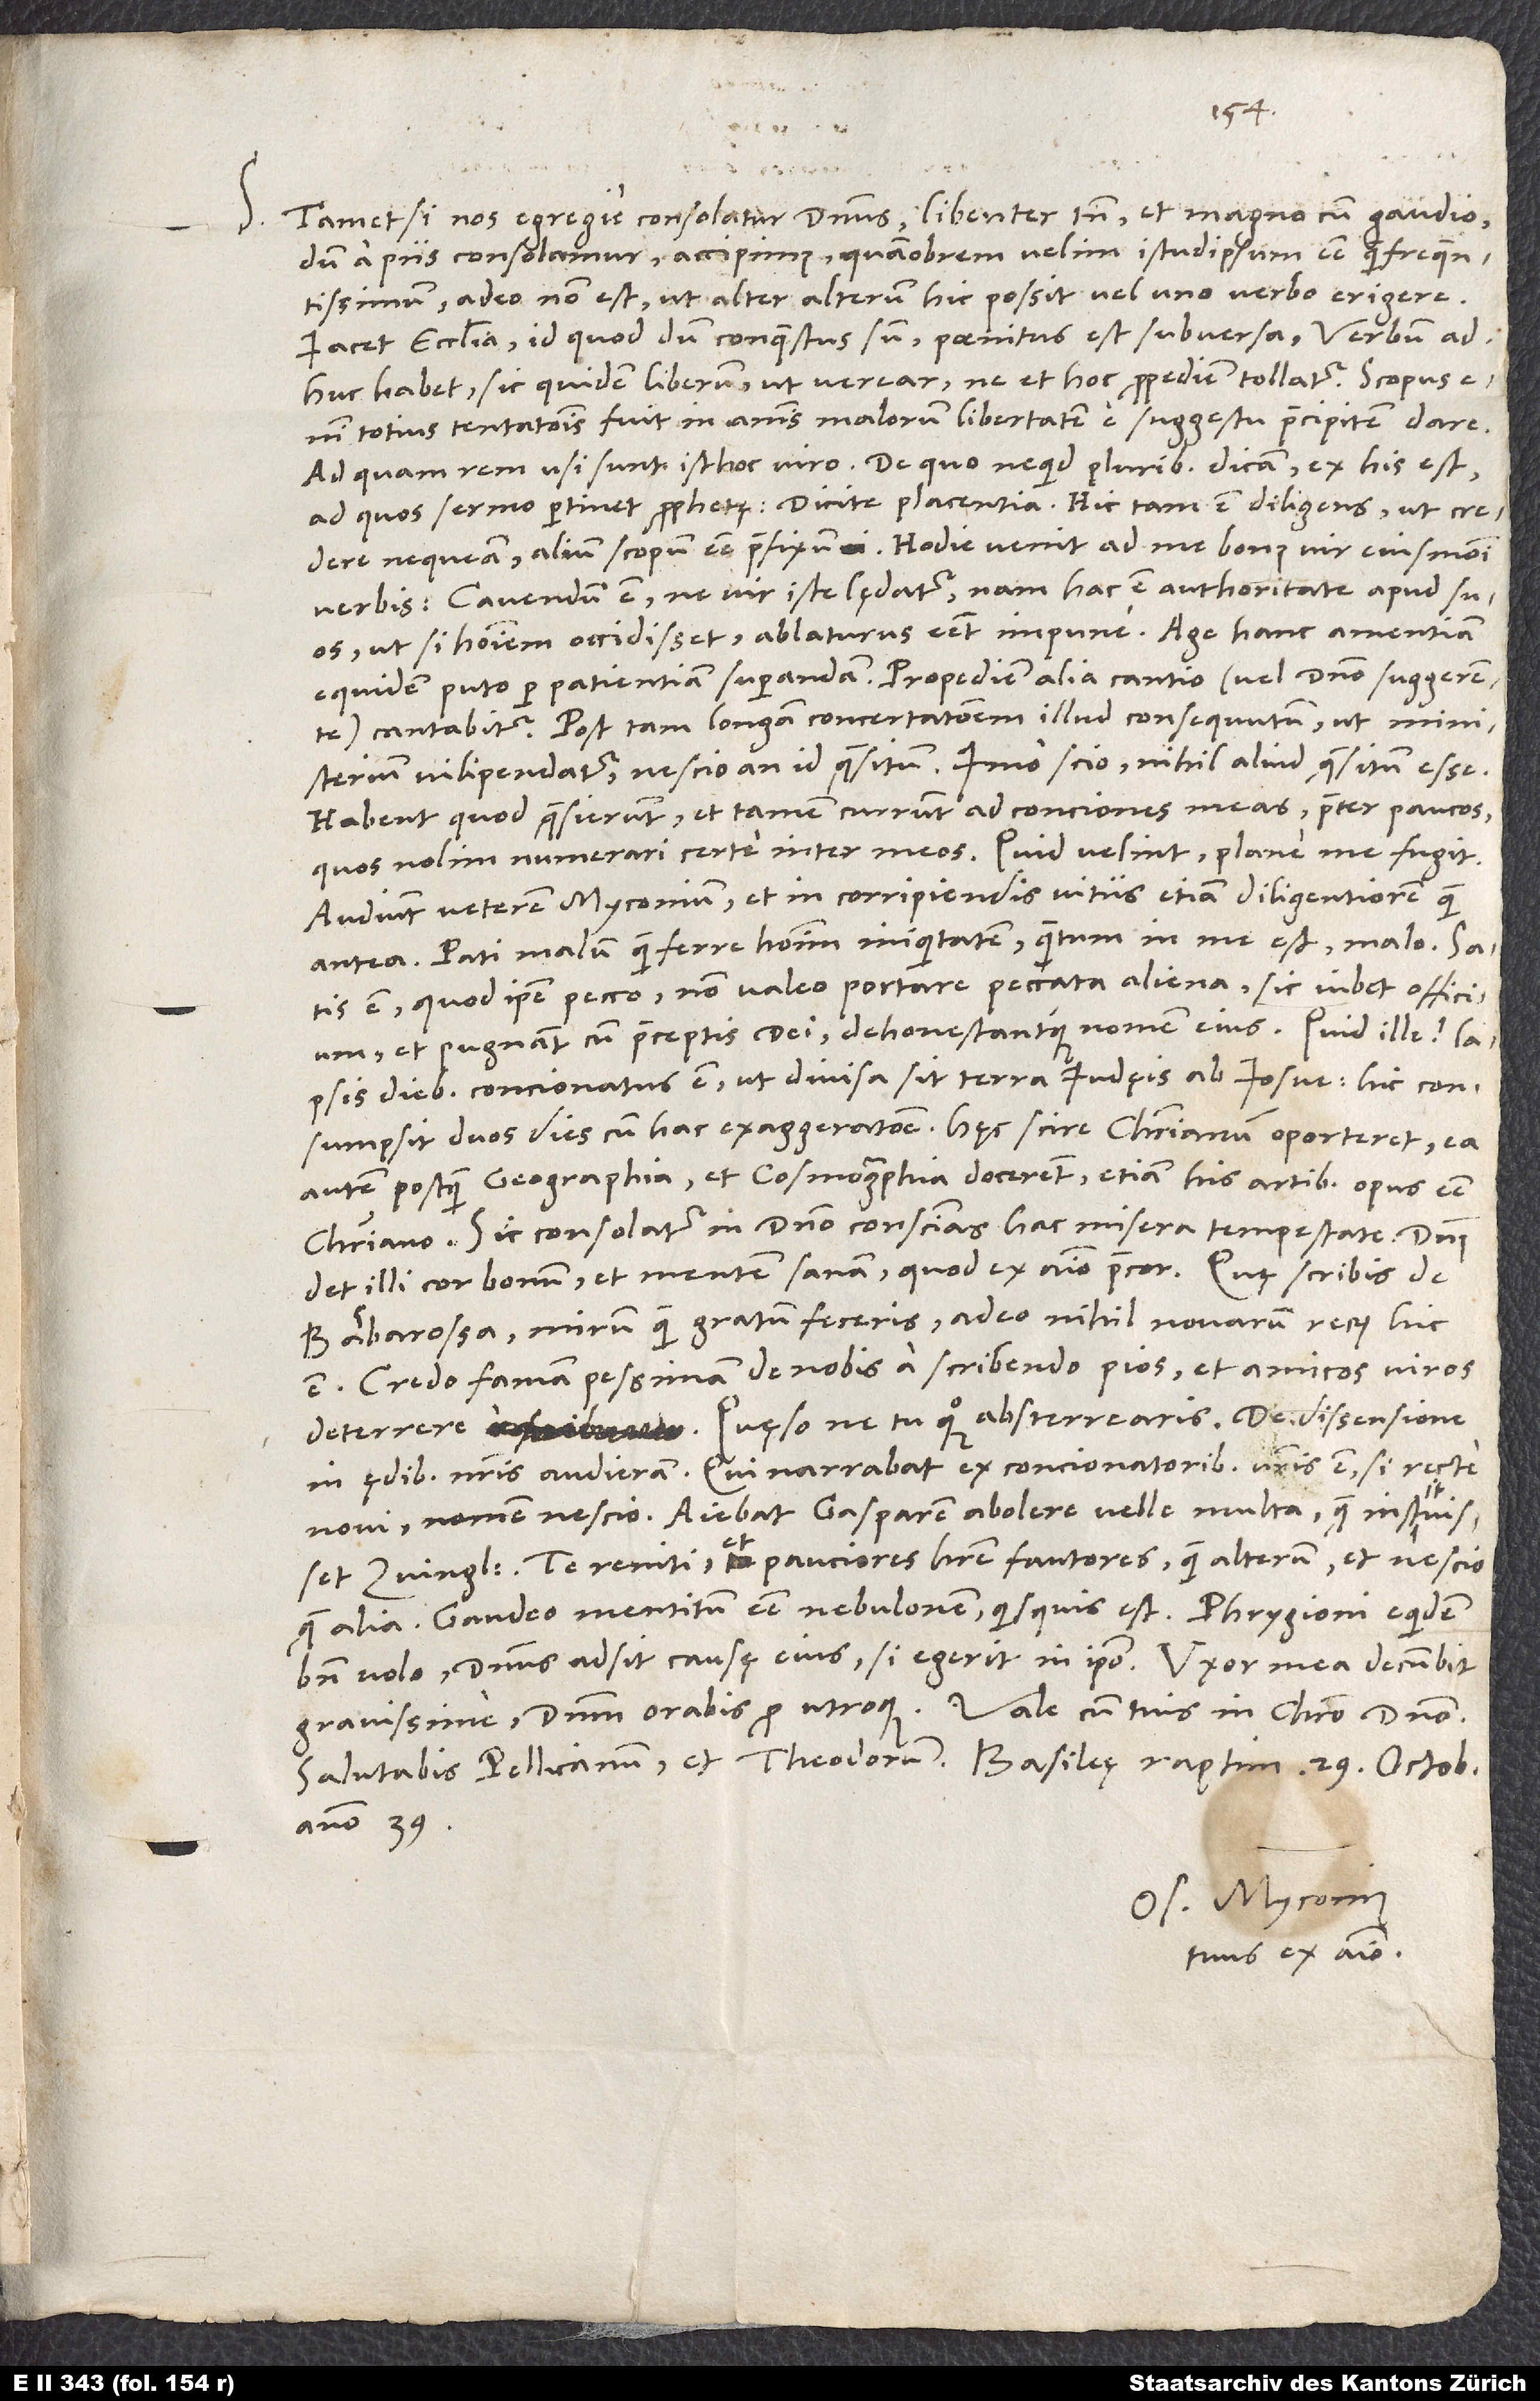
S. Tametsi nos egregie consolatur dominus, libenter tamen et magno cum gaudio,
dum a piis consolamur, accipimus. Quamobrem velim istudipsum esse quam frequentissimum;
adeo non est, ut alter alterum hic possit uno verbo erigere.
Iacet ecclesia; id quod dum conquestus sum, poenitus est subversa. Verbum
adhuc habet sic quidem liberum, ut verear, ne et hoc propediem tollatur; scopus
totius tentationis fuit in animis malorum libertatem e suggestu praecipitem dare.
Ad quam rem usi sunt isthoc viro. De quo ne quid pluribus dicam, ex his est,
ad quos sermo pertinet prophetę: „Dicite placentia.“ Hic tam est diligens, ut credere
nequeam alium scopum esse praefixum. Hodie venit ad me bonus vir eiusmodi
verbis: „Cavendum est, ne vir iste lędatur; nam hac est authoritate apud suos,
ut, si hominem occidisset, ablaturus esset impune.“ Age, hanc amentiam
equidem puto per patientiam superandam. Propediem alia cantio (vel domino suggerente)
cantabitur. Post tam longam concertationem illud consequutum, ut ministerium
vilipendatur. Nescio, an id quęsitum; imo scio nihil aliud quęsitum esse.
Habent, quod quęsierunt, et tamen currunt ad conciones meas praeter paucos,
quos nolim numerari certe inter meos. Quid velint, plane me fugit.
Audiunt veterem Myconium et in corripiendis vitiis etiam diligentiorem quam
antea. Pati malum quam ferre hominum iniquitatem, quantum in me est, malo. Satis
est, quod ipse pecco, non valeo portare peccata aliena; sic iubet officium,
et pugnant cum praeceptis dei dehonestantque nomen eius.
diebus concionatus est, ut divisa sit terra Iudęis ab Iosue; hic consumpsit
duos dies cum hac exaggeratione. Hęc scire christianum oporteret, ea
autem postquam geographia et cosmographia docerent, etiam his artibus opus esse
christiano. Sic consolatur in domino conscientias hac misera tempestate. Dominus
det illi cor bonum et mentem sanam, quod ex animo precor.
Barbarossa, mirum quam gratum feceris; adeo nihil novarum rerum hic
est. Credo famam pessimam de nobis a scribendo pios et amicos viros
deterrere. Quęso, ne tu quoque absterrearis.
in ędibus nostris audieram; qui narrabat, ex concionatoribus vestris est, si recte
novi; nomen nescio. Aiebat Gasparem abolere velle multa, quę instituisset
Zvinglius, te reniti et pauciores habere fautores quam alterum, et nescio
bene volo; dominus adsit causę eius, si egerit in ipso. Uxor mea decumbit
Salutabis Pellicanum et Theodorum. Basileę, raptim, 29. octobris
anno 39.
tuus ex animo.